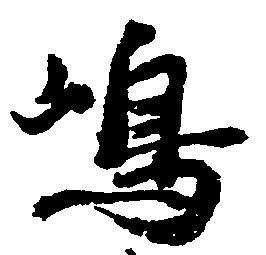
嶋